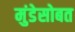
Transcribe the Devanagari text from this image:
मुंडेसोबत